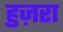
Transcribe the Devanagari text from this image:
हुज़रा